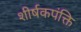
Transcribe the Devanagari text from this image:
शीर्षकपंक्ति